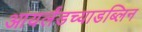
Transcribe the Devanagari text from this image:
आयर्लंडच्याडब्लिन